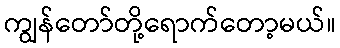
ကျွန်တော်တို့ရောက်တော့မယ်။